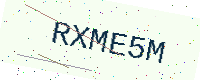
Text: RXME5M